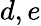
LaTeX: d,e